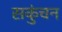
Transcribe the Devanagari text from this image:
सकुंचन